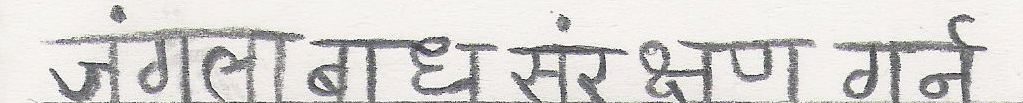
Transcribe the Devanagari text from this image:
जंगला बांध संरक्षण गर्ने